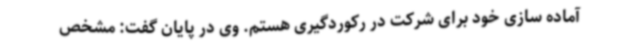
آماده سازی خود برای شرکت در رکوردگیری هستم. وی در پایان گفت: مشخص